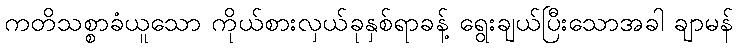
ကတိသစ္စာခံယူသော ကိုယ်စားလှယ်ခုနှစ်ရာခန့် ရွေးချယ်ပြီးသောအခါ ချာမန်